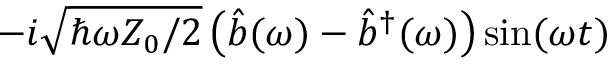
- i \sqrt { \hbar \omega Z _ { 0 } / 2 } \left( \hat { b } ( \omega ) - \hat { b } ^ { \dagger } ( \omega ) \right) \sin ( \omega t )